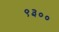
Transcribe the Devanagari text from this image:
९३००